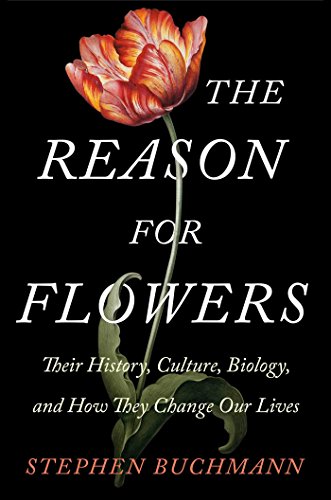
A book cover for The Reason for Flowers: Their History, Culture, Biology, and How They Change Our Lives; Stephen Buchmann; Crafts, Hobbies & Home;